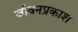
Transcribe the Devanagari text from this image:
जीवनप्रकाश